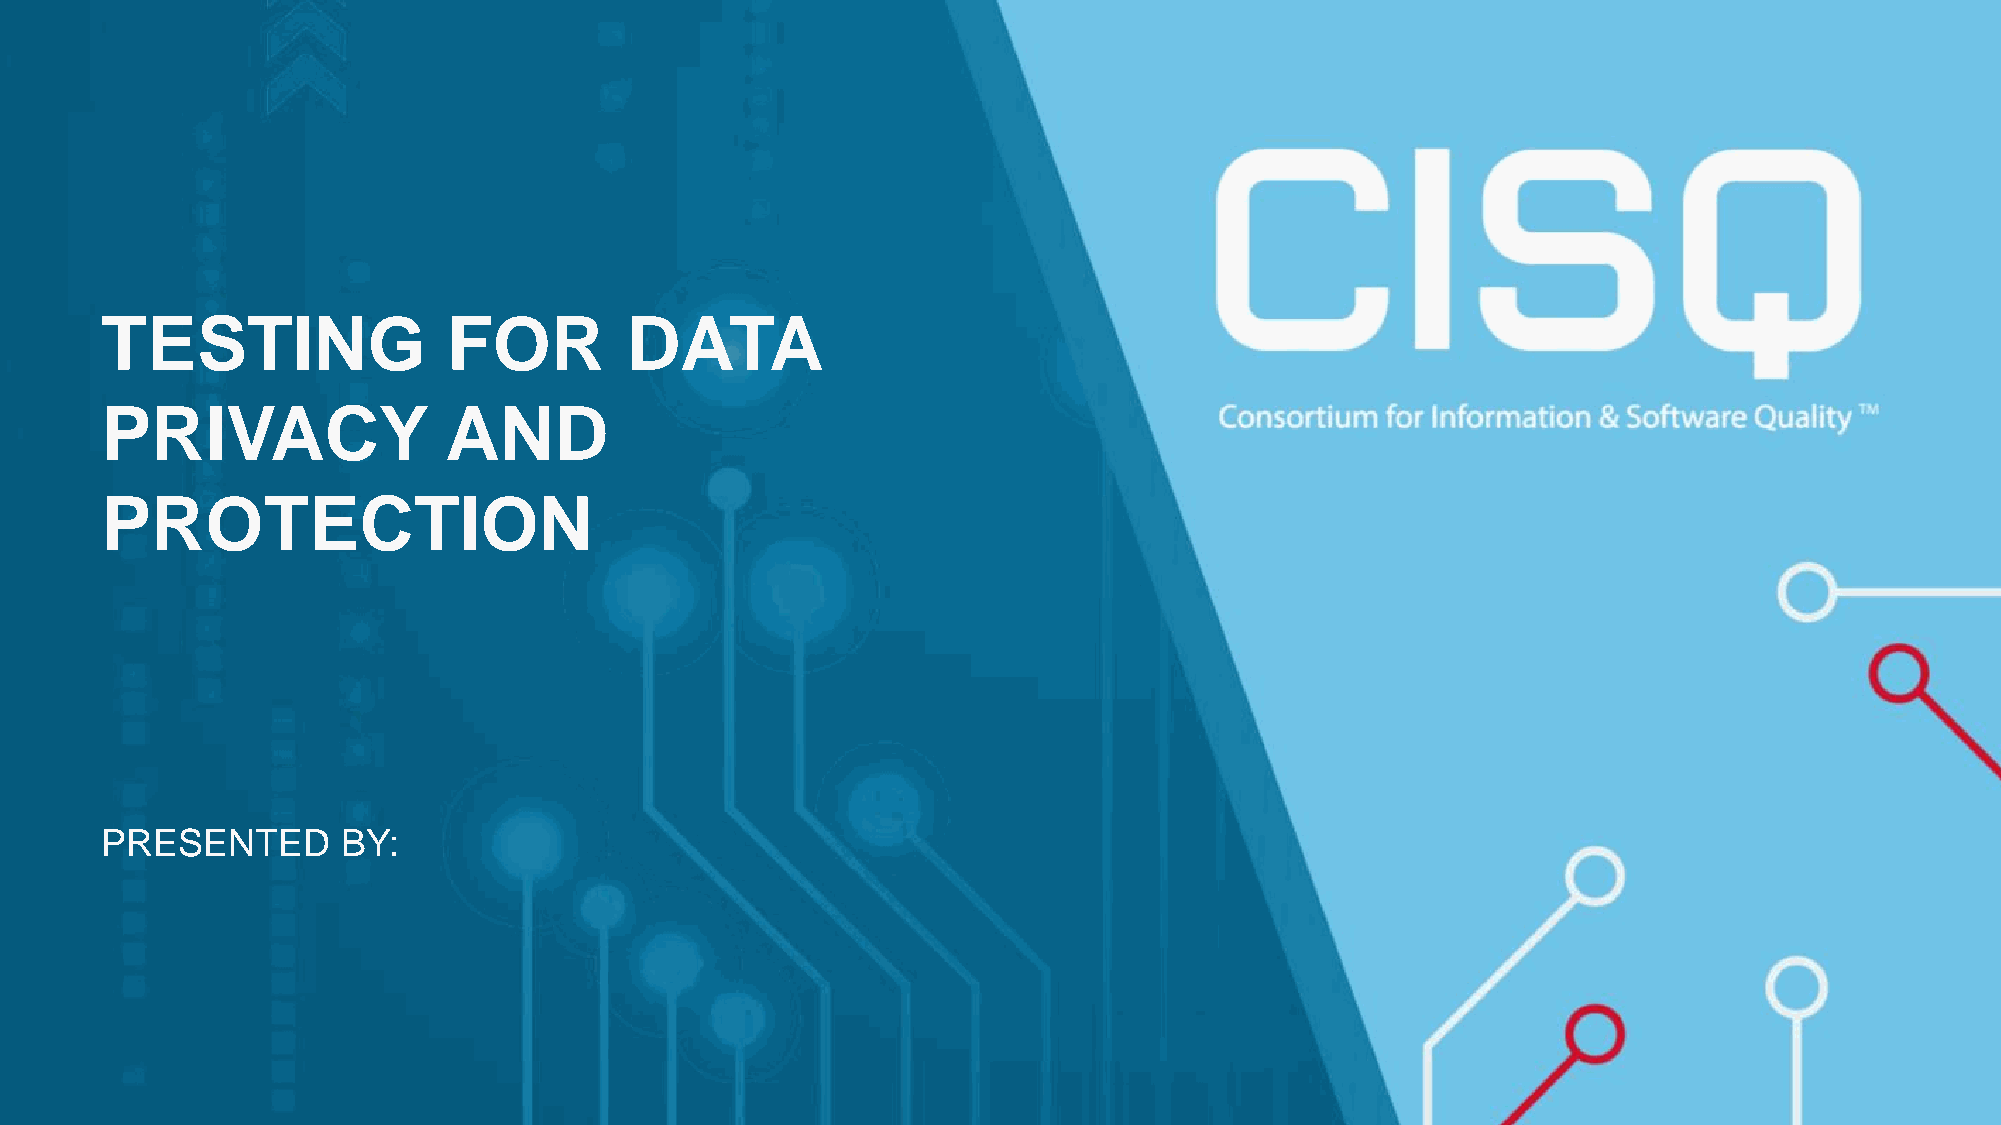
TESTING                FOR        DATA
 PRIVACY               AND
 PROTECTION
 PRESENTED       BY:
 © 2021, Amazon Web Services, Inc. or its affiliates. All rights reserved.